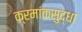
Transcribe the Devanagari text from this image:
क्रमांकसुद्धा